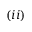
( i i )